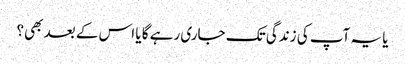
یا یہ آپ کی زندگی تک جاری رہے گا یا اس کے بعد بھی؟